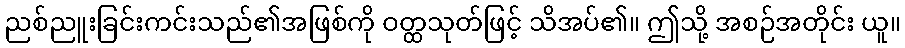
ညစ်ညူးခြင်းကင်းသည်၏အဖြစ်ကို ဝတ္ထသုတ်ဖြင့် သိအပ်၏။ ဤသို့ အစဉ်အတိုင်း ယူ။